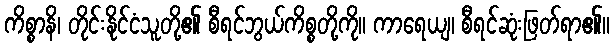
ကိစ္စာနိ၊ တိုင်းနိုင်ငံသူတို့၏ စီရင်ဘွယ်ကိစ္စတို့ကို။ ကာရေယျ၊ စီရင်ဆုံးဖြတ်ရာ၏။